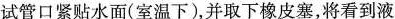
试管口紧贴水面(室温下)，并取下橡皮塞，将看到液